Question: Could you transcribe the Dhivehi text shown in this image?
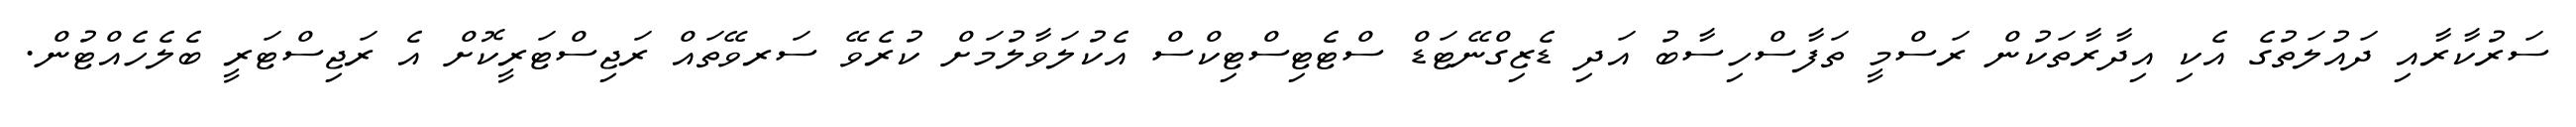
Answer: ސަރުކާރާއި ދައުލަތުގެ އެކި އިދާރާތަކުން ރަސްމީ ތަފާސްހިސާބު އަދި ޑެޒިގްނޭޓަޑް ސްޓެޓިސްޓިކްސް އެކުލަވާލުމަށް ކުރެވޭ ސަރވޭތައް ރަޖިސްޓަރީކޮށް އެ ރަޖިސްޓަރީ ބެލެހެއްޓުން.